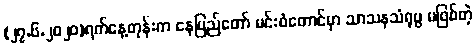
(၂၇.၆.၂၀၂၀)ရက်နေ့တုန်းက နေပြည်တော် မင်းဝံတောင်မှာ သာသနသံရုပ္ပ မဖြစ်တဲ့